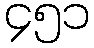
၄၅၁